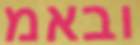
ובאמ